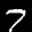
Label: 7